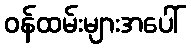
ဝန်ထမ်းများအပေါ်